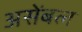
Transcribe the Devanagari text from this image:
असेंबल